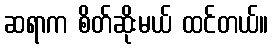
ဆရာက စိတ်ဆိုးမယ် ထင်တယ်။